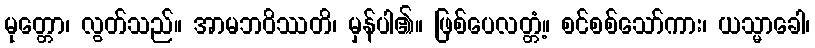
မုတ္တော၊ လွတ်သည်။ အာမဘဝိဿတိ၊ မှန်ပါ၏။ ဖြစ်ပေလတ္တံ့။ စင်စစ်သော်ကား၊ ယသ္မာခေါ၊